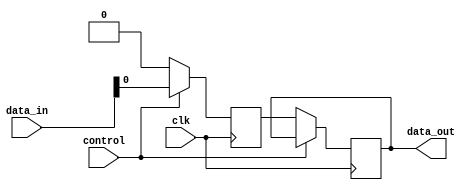
module parallel_in_serial_out_register(
    input wire clk,
    input wire control,
    input wire [7:0] data_in,
    output reg data_out
);

reg [7:0] reg_data;

always @ (posedge clk) begin
    if(control) begin
        reg_data <= data_in;
    end else begin
        data_out <= reg_data[0];
        reg_data <= {reg_data[6:0], 1'b0};
    end
end

endmodule